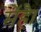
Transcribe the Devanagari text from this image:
मेंहै।